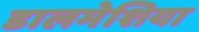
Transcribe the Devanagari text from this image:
डालमेशिया